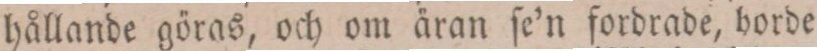
hållande göras, och om äran ſe’n fordrade, horde